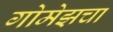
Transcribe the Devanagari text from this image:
गोमेझचा